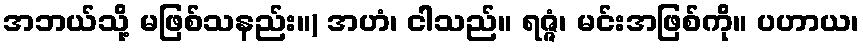
အဘယ်သို့ မဖြစ်သနည်း။) အဟံ၊ ငါသည်။ ရဇ္ဇံ၊ မင်းအဖြစ်ကို။ ပဟာယ၊